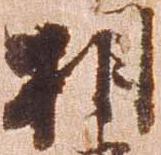
相